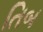
તિબ